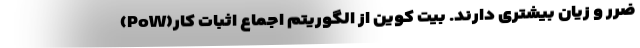
ضرر و زیان بیشتری دارند. بیت کوین از الگوریتم اجماع اثبات کار(PoW)